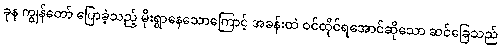
ခုန ကျွန်တော် ပြောခဲ့သည့် မိုးရွာနေသောကြောင့် အခန်းထဲ ဝင်ထိုင်ရအောင်ဆိုသော ဆင်ခြေသည်